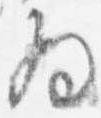
為